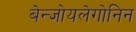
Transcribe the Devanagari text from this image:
बेन्जोयलेगोनिन